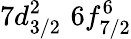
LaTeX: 7d_{3/2}^{2}\, \, 6f_{7/2}^{6}